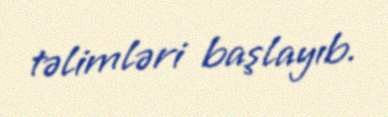
təlimləri başlayıb.